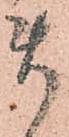
ま